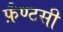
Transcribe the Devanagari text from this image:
फ़ैण्टसी